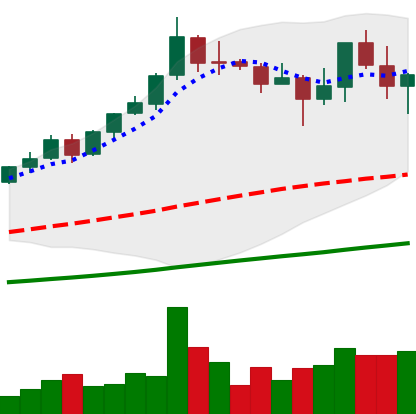
Ticker: BNB-USD
Chart end date: 2021-04-23
Forward return: 6.85%
Label: up_5_7